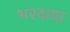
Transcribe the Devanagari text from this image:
भरवाया